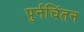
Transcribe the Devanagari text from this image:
पुर्नचिंतन